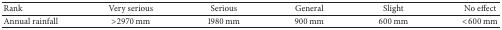
<table><thead><tr><td><b>Rank</b></td><td><b>Very serious</b></td><td><b>Serious</b></td><td><b>General</b></td><td><b>Slight</b></td><td><b>No effect</b></td></tr></thead><tbody><tr><td>Annual rainfall</td><td>&gt;2970 mm</td><td>1980 mm</td><td>900 mm</td><td>600 mm</td><td>&lt;600 mm</td></tr></tbody></table>